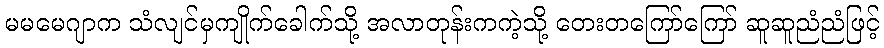
မမမေဂျာက သံလျင်မှကျိုက်ခေါက်သို့ အလာတုန်းကကဲ့သို့ တေးတကြော်ကြော် ဆူဆူညံညံဖြင့်